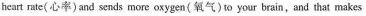
heart rate(心率)and sends nore oxygen (氧气)to your brain,and that makes